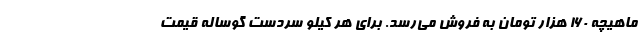
ماهیچه ۱۶۰ هزار تومان به فروش می‌رسد. برای هر کیلو سردست گوساله قیمت